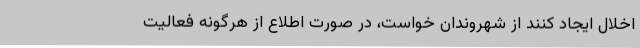
اخلال ایجاد کنند از شهروندان خواست، در صورت اطلاع از هرگونه فعالیت